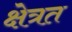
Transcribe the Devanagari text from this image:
क्षेत्रत